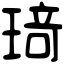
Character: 𤦺